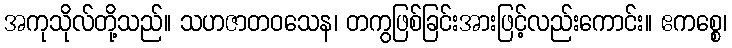
အကုသိုလ်တို့သည်။ သဟဇာတဝသေန၊ တကွဖြစ်ခြင်းအားဖြင့်လည်းကောင်း။ ဧကစ္စေ၊